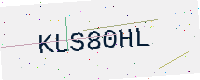
Text: KLS80HL